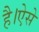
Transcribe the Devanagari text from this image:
है।ऐसे